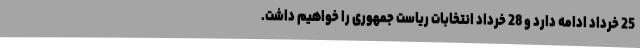
25 خرداد ادامه دارد و 28 خرداد انتخابات ریاست جمهوری را خواهیم داشت.